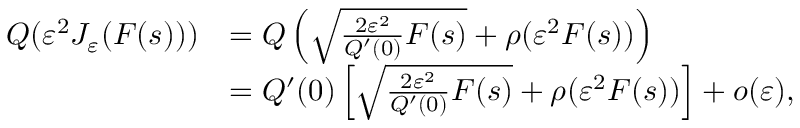
\begin{array} { r l } { Q ( \varepsilon ^ { 2 } J _ { \varepsilon } ( F ( s ) ) ) } & { = Q \left( \sqrt { \frac { 2 \varepsilon ^ { 2 } } { Q ^ { \prime } ( 0 ) } F ( s ) } + \rho ( \varepsilon ^ { 2 } F ( s ) ) \right) } \\ & { = Q ^ { \prime } ( 0 ) \left[ \sqrt { \frac { 2 \varepsilon ^ { 2 } } { Q ^ { \prime } ( 0 ) } F ( s ) } + \rho ( \varepsilon ^ { 2 } F ( s ) ) \right] + o ( \varepsilon ) , } \end{array}